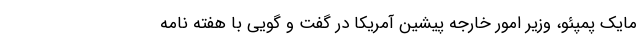
مایک پمپئو، وزیر امور خارجه پیشین آمریکا در گفت و گویی با هفته نامه